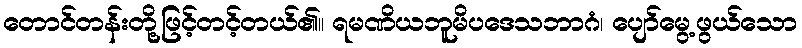
တောင်တန်းတို့ဖြင့်တင့်တယ်၏။ ရမဏိယဘူမိပဒေသဘာဂံ၊ ပျော်မွေ့ဖွယ်သော